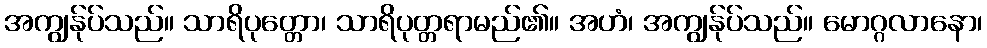
အကျွန်ုပ်သည်။ သာရိပုတ္တော၊ သာရိပုတ္တရာမည်၏။ အဟံ၊ အကျွန်ုပ်သည်။ မောဂ္ဂလာနော၊